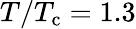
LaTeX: T/T_{\mathrm{c}}=1.3